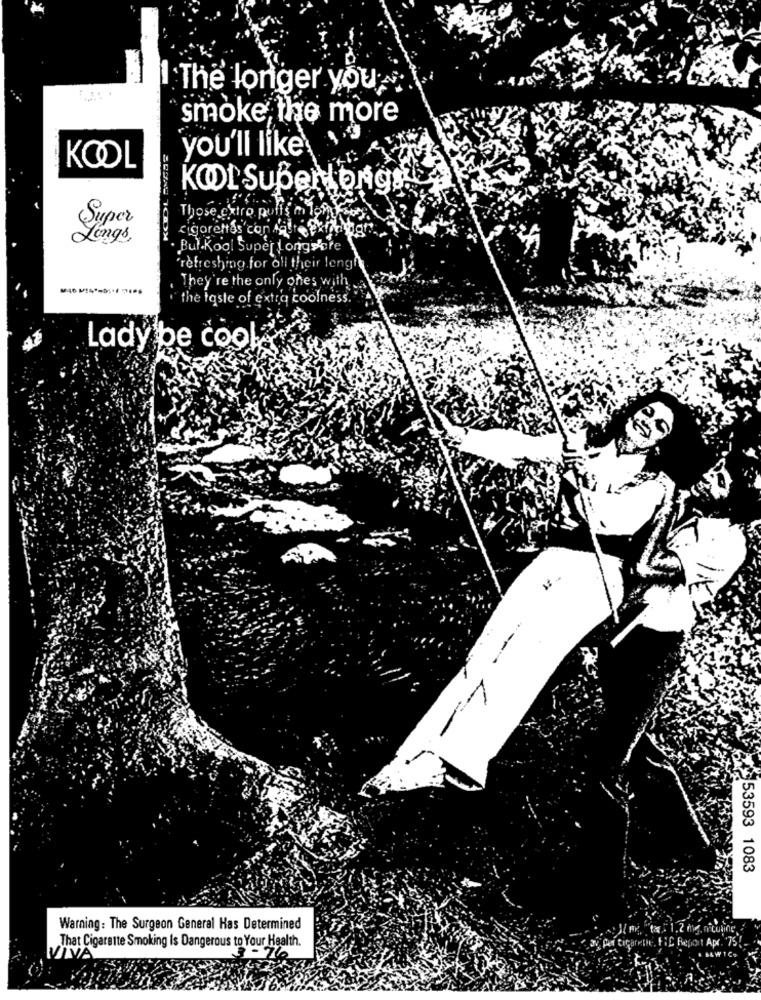
The longer you
smoke the more
1.9
you'll like's
KOOL
Super
Those extro pu
cigarettas'con!
Lings,
But.Kool Super Longstore
'refreshing.for all their leng
They're the only ones with
the taste of extra coolness.
Lady be cool,
53593 1083
Warning: The Surgeon General Has Determined
That Cigarette Smoking Is Dangerous to Your Health.
VÏVÃ
3 - 76